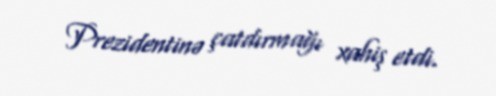
Prezidentinə çatdırmağı xahiş etdi.